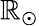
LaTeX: \mathbb{R}_{\odot}